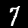
Label: 7